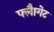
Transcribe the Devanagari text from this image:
फ्लैागेट